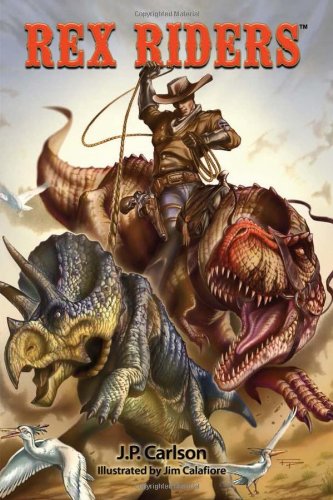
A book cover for Rex Riders; J. P. Carlson; Teen & Young Adult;